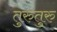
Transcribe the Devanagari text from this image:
तुरुतुरु